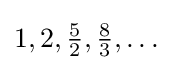
1,2,{\tfrac {5}{2}},{\tfrac {8}{3}},\dots